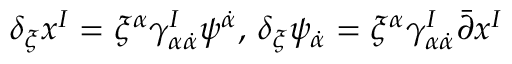
\delta _ { \xi } x ^ { I } = \xi ^ { \alpha } \gamma _ { \alpha \dot { \alpha } } ^ { I } \psi ^ { \dot { \alpha } } , \, \delta _ { \xi } \psi _ { \dot { \alpha } } = \xi ^ { \alpha } \gamma _ { \alpha \dot { \alpha } } ^ { I } \bar { \partial } x ^ { I }